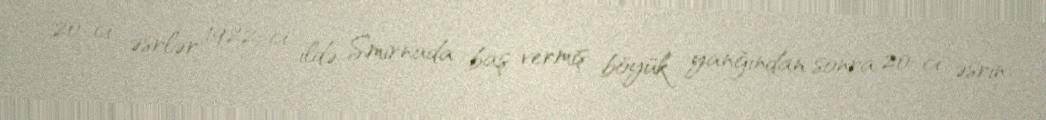
20-ci əsrlər 1922-ci ildə Smirnada baş vermiş böyük yanğından sonra 20-ci əsrin